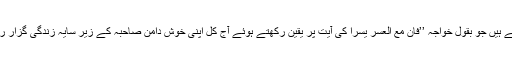
خیر اگر آپ ان خوش قسمتوں میں سے ہیں جو بقول خواجہ ’’فان مع العسر یسراً کی آیت پر یقین رکھتے ہوئے آج کل اپنی خوش دامن صاحبہ کے زیر سایہ زندگی گزار رہے ہیں تو یقین مانیں آپ اکیلے نہیں۔